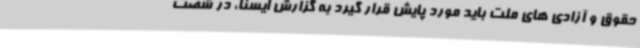
حقوق و آزادی های ملت باید مورد پایش قرار گیرد به گزارش ایسنا، در شصت